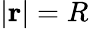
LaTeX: |\mathbf{r}|=R